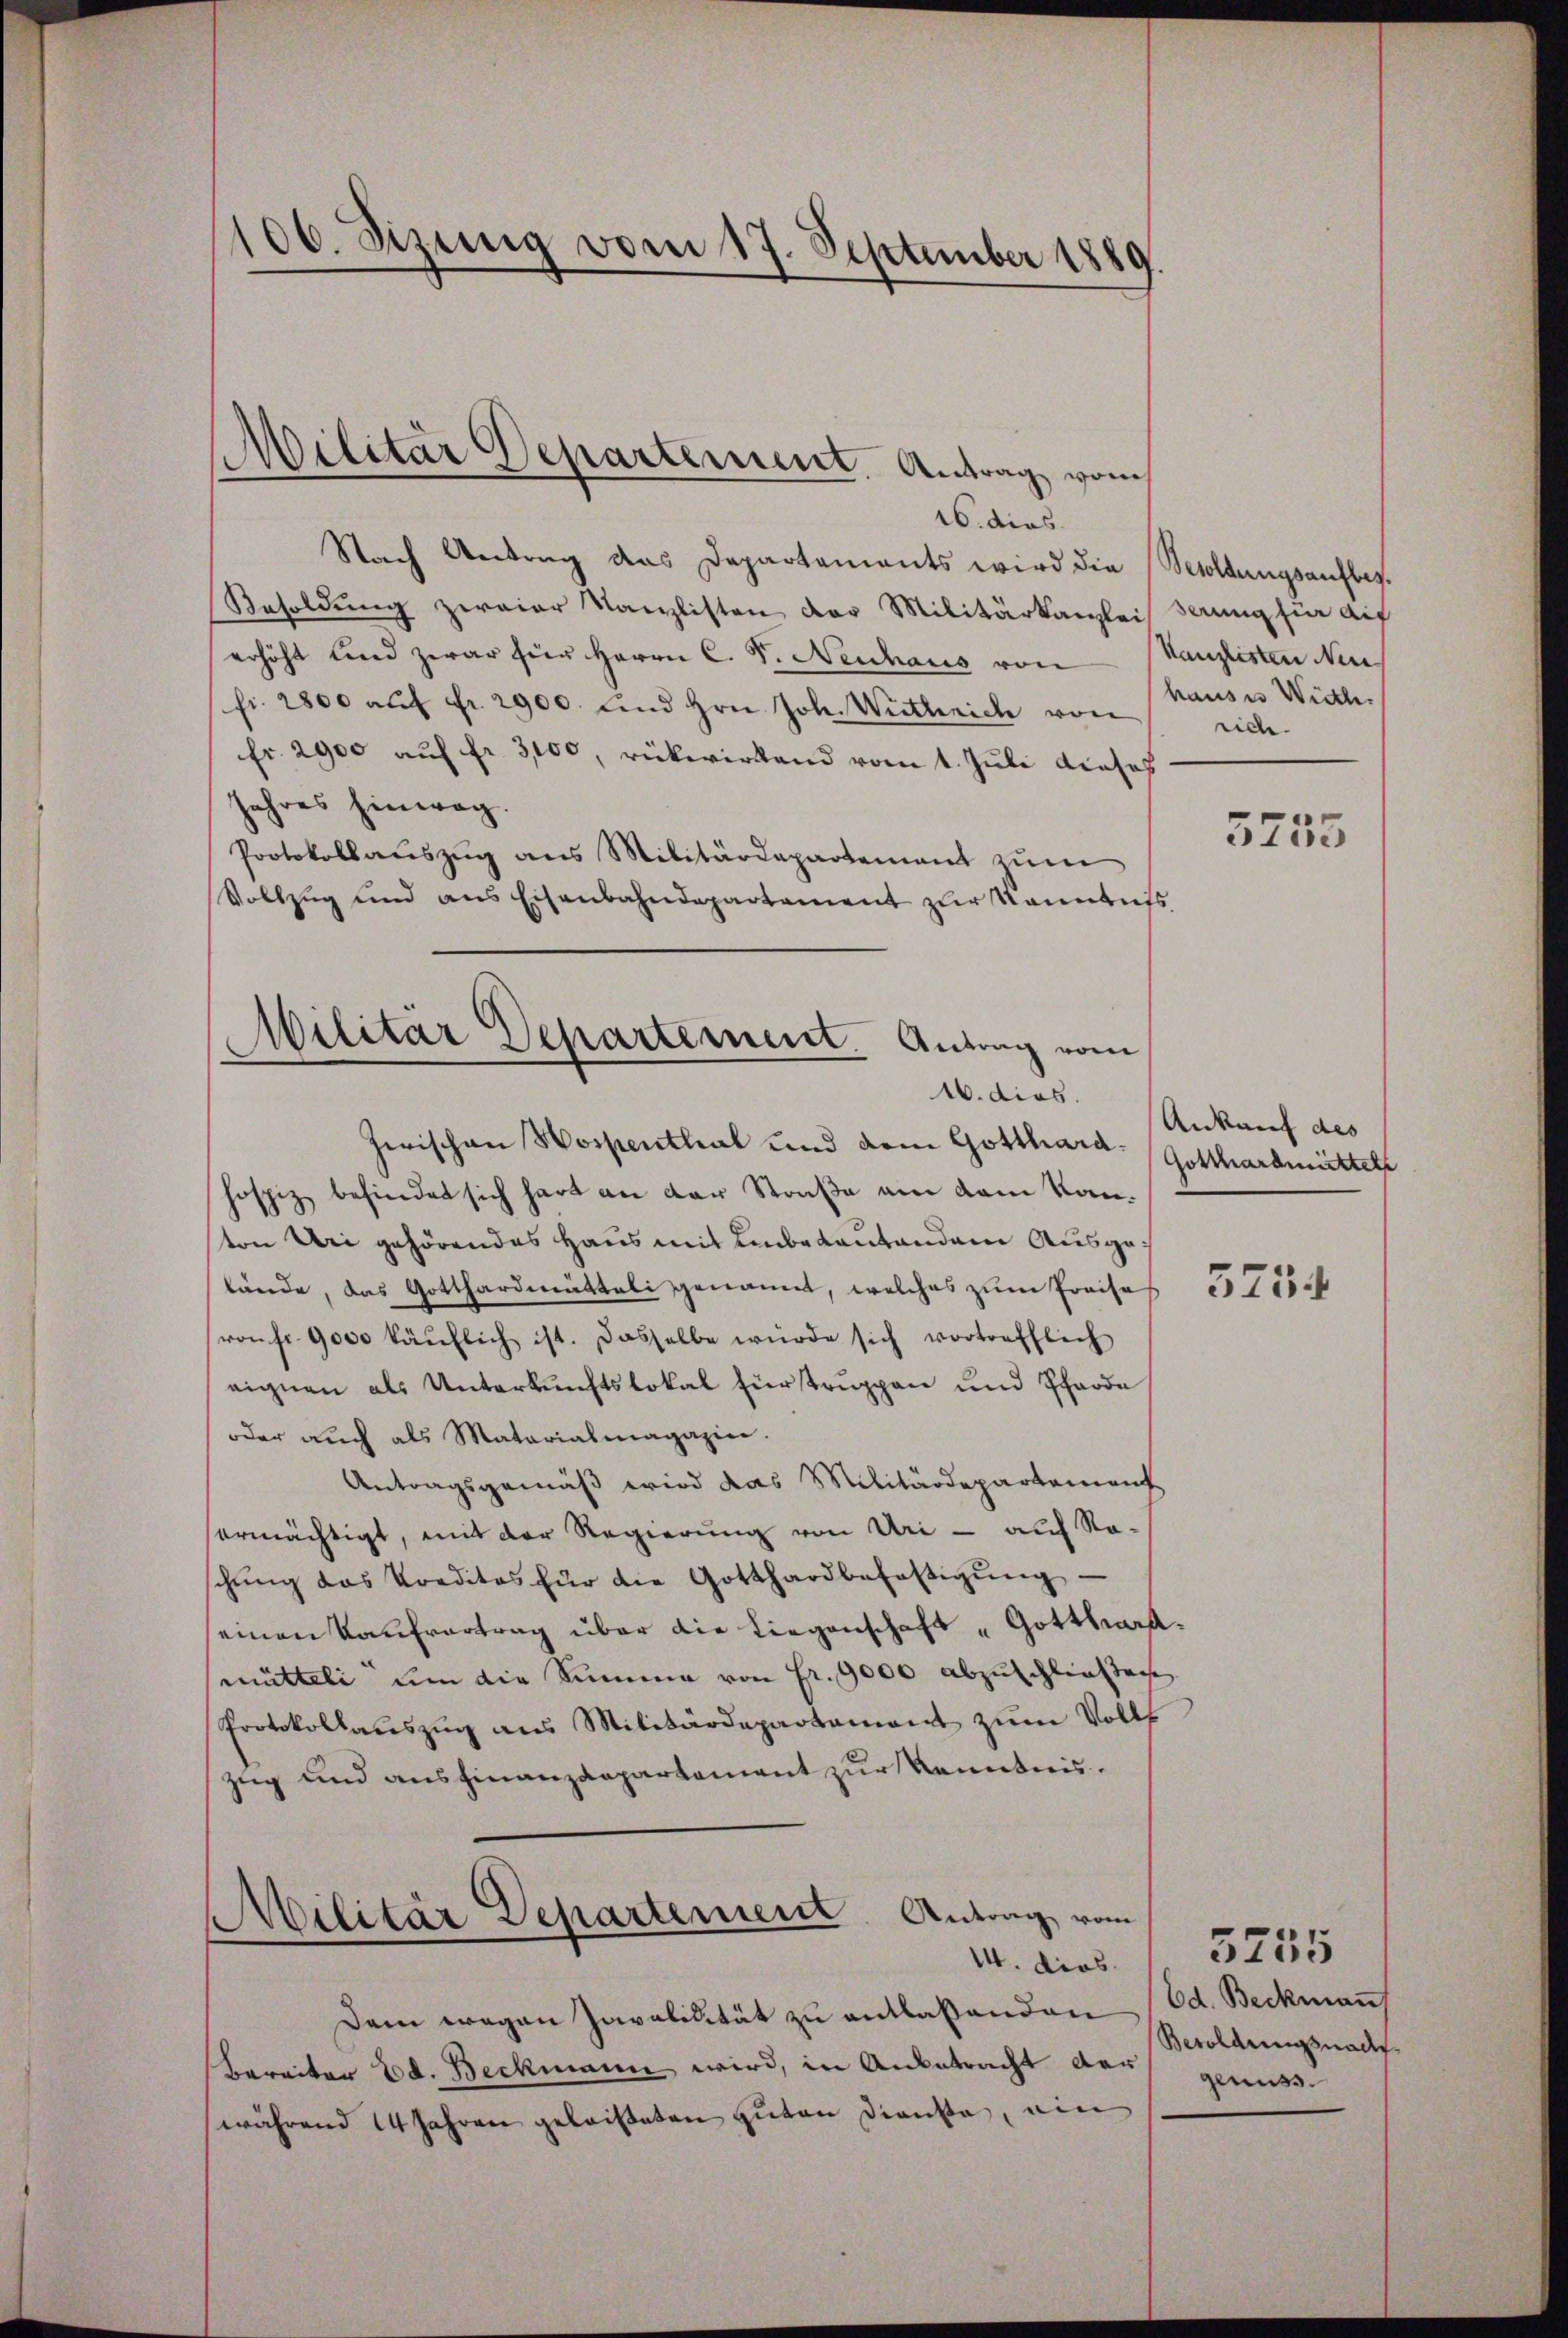
16. dies
Nach Antrag das Departaments wird die Besoldungsaufbes
Besoldung zweier Kanzlisten der Militärkanzlei serung für auf
erhöht und zwar für Herrn C. S. Neuhaus von Kanzlisten Neu
fr. 2800 auf Fr. 2900. und Hrn. Joh. Wirtheich von
fr. 2900 auf fr. 3100, rükwirkend vom 1. Juli dieses
Jahres hinweg.
Protokollauszug aus Militärdepartement zum
Vollzug und aus Eisenbahndepartement zur Kenntnis
Militär Departement. Antrag vom

106. Sizung vom 17. September 1889.

)
Militar Departement. Antrag vom

16. dies.

Jerischen Hospenthal und dem Gotthard. Gotthardmüttels
hospiz befindet sich hart an der Straße am dem Kan-
ton Uri gehörendes Haus mit Einbatautanden Ausgetände, das Gotthardmütteli genannt, welches zum Preises 1205 f
von fr. 9000 käŭflich ist. Dasselbe würde sich vortrefflich
eignen als Unterkunftslokal fürtruppen und Pferde
oder auch als Matarialmagazin.
Antragsgemäß wird das Militärdepartement
ermächtigt, mit der Regierung von Uri - auf Roschŭng das Kreditas für die Gotthardbefaltigŭng
einen Kaufvertrag über die Liegenschaft „Gotthard
(mütteli ŭm die Summe von Fr. 9000 abzuschließen.
Protokollaŭszŭg ans Militärdepartament zum Volls
zug und ausfinanzdepartement zur Kenntnis.
Militär Departement. Antrag vom
14. dies
Dem wegen Javalidität zu entlaßenden (od. Beckmann
Bereiter Ed. Beckmann wird, in Anbetracht der
während 14 Jahren geleiseten guten Dienste, ein

hause Wille.
rich.

5735

Ankauf des

Berolangsnach
genuss.

5255